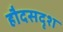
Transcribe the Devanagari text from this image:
हौदसदृश